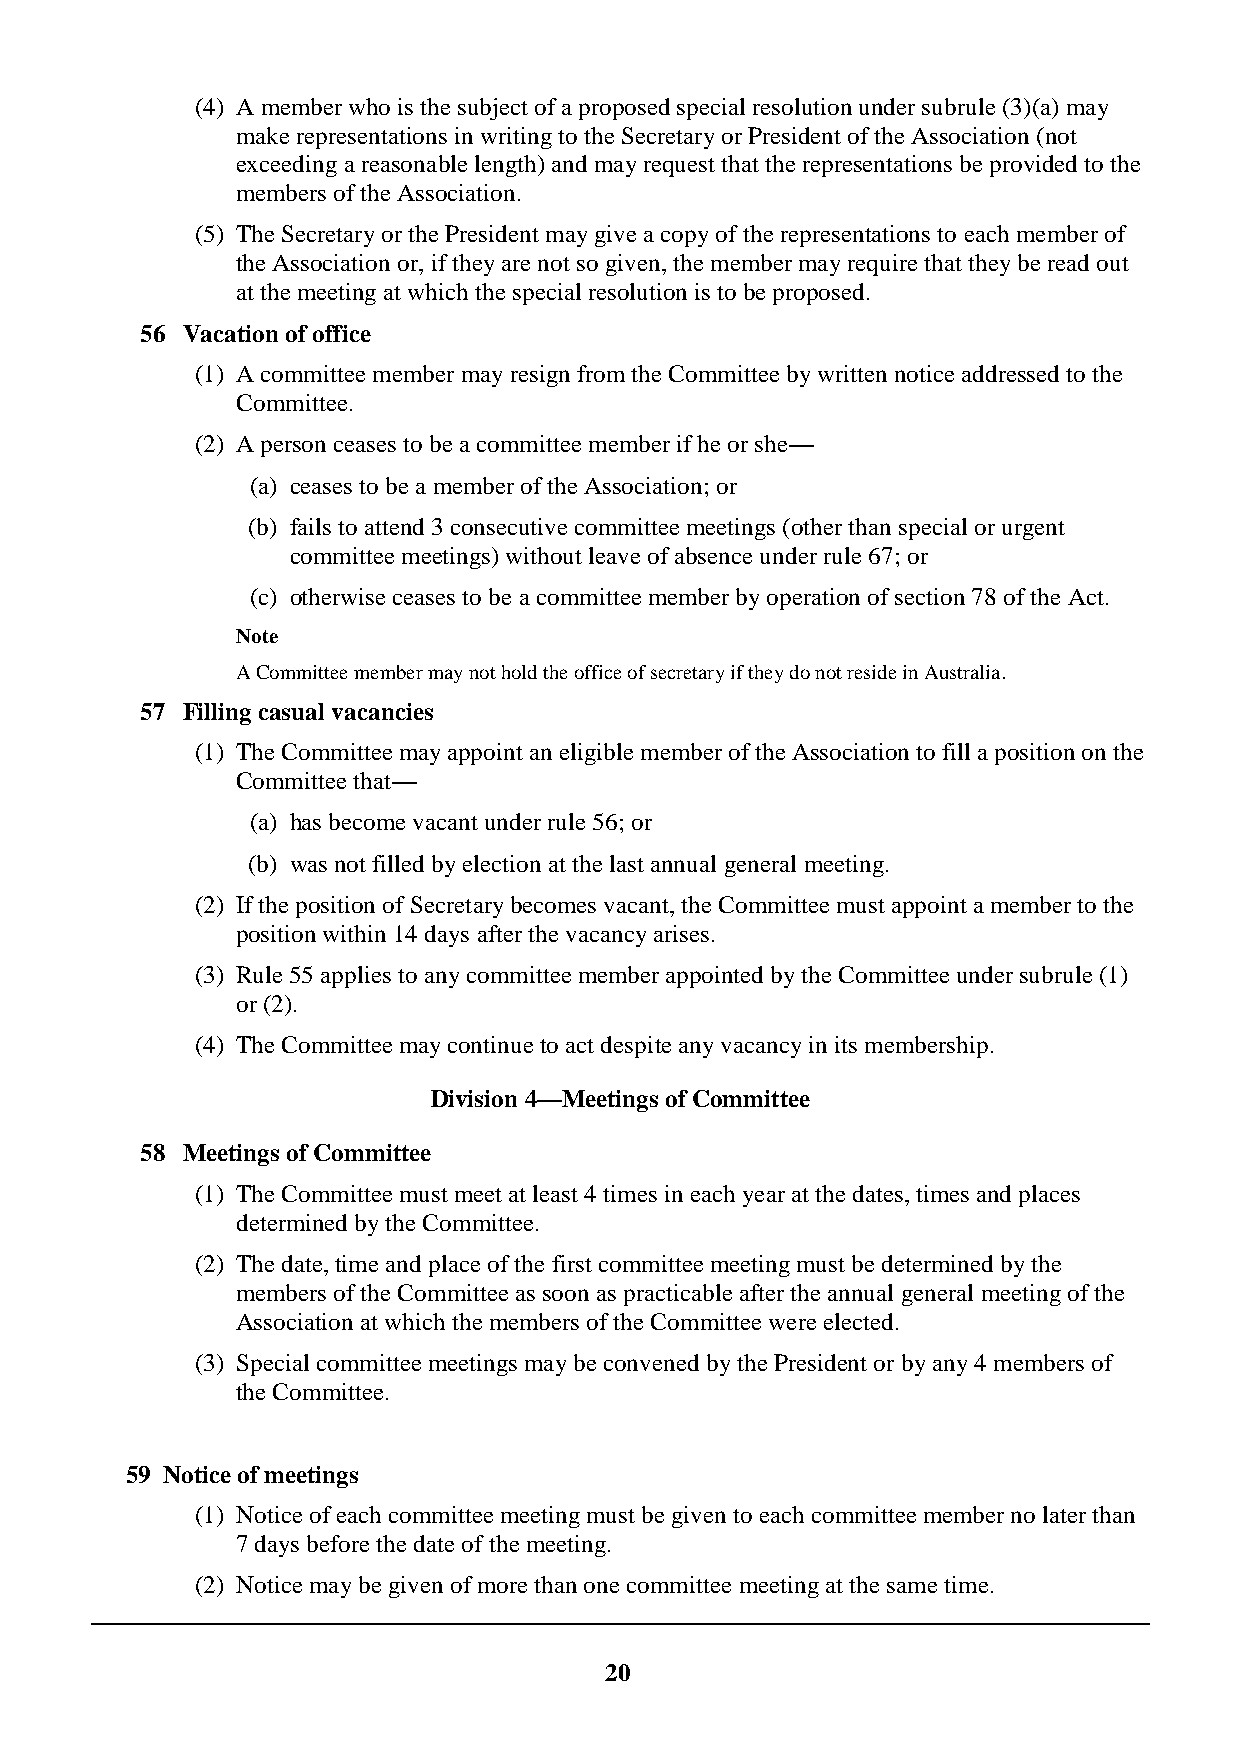
(4) A member who is the subject of a proposed special resolution under subrule (3)(a) may
 make representations in writing to the Secretary or President of the Association (not
 exceeding a reasonable length) and may request that the representations be provided to the
 members of the Association.
 (5) The Secretary or the President may give a copy of the representations to each member of
 the Association or, if they are not so given, the member may require that they be read out
 at the meeting at which the special resolution is to be proposed.
 56 Vacation of office
 (1) A committee member may resign from the Committee by written notice addressed to the
 Committee.
 (2) A person ceases to be a committee member if he or she—
 (a) ceases to be a member of the Association; or
 (b) fails to attend 3 consecutive committee meetings (other than special or urgent
 committee meetings) without leave of absence under rule 67; or
 (c) otherwise ceases to be a committee member by operation of section 78 of the Act.
 Note
 A Committee member may not hold the office of secretary if they do not reside in Australia.
 57 Filling casual vacancies
 (1) The Committee may appoint an eligible member of the Association to fill a position on the
 Committee that—
 (a) has become vacant under rule 56; or
 (b) was not filled by election at the last annual general meeting.
 (2) If the position of Secretary becomes vacant, the Committee must appoint a member to the
 position within 14 days after the vacancy arises.
 (3) Rule 55 applies to any committee member appointed by the Committee under subrule (1)
 or (2).
 (4) The Committee may continue to act despite any vacancy in its membership.
 Division 4—Meetings of Committee
 58 Meetings of Committee
 (1) The Committee must meet at least 4 times in each year at the dates, times and places
 determined by the Committee.
 (2) The date, time and place of the first committee meeting must be determined by the
 members of the Committee as soon as practicable after the annual general meeting of the
 Association at which the members of the Committee were elected.
 (3) Special committee meetings may be convened by the President or by any 4 members of
 the Committee.
 59 Notice of meetings
 (1) Notice of each committee meeting must be given to each committee member no later than
 7 days before the date of the meeting.
 (2) Notice may be given of more than one committee meeting at the same time.
 20